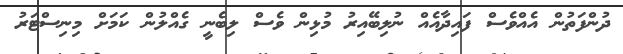
ދުންފަތުން އެއްވެސް ފައިދާއެއް ނުލިބޭއިރު މުޅިން ވެސް ލިބެނީ ގެއްލުން ކަމަށް މިނިސްޓަރު